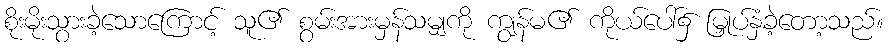
စိုးမိုးသွားခဲ့သောကြောင့် သူ၏ စွမ်းအားမှန်သမျှကို ကျွန်မ၏ ကိုယ်ပေါ်၌ မြှုပ်နှံခဲ့တော့သည်။